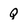
Character: Q